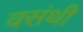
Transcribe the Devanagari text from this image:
वसंथी